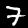
Digit: 7